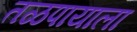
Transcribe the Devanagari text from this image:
तळपायाला